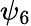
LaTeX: \psi_{6}